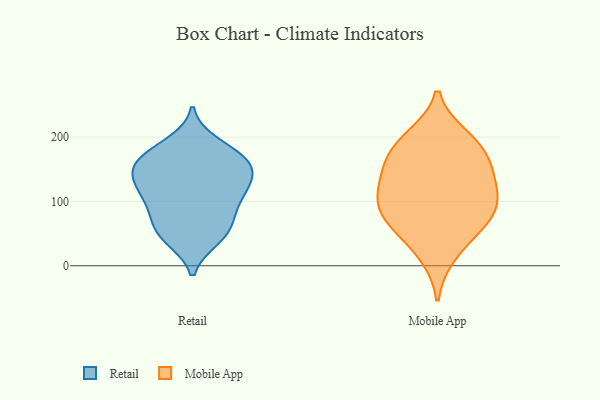
{"axis": {"x": "Operating Costs (USD K)", "y": "Value"}, "legend": ["Mobile App", "Retail"], "data": [{"x": "", "y": 176, "type": "Retail"}, {"x": "", "y": 171, "type": "Retail"}, {"x": "", "y": 167, "type": "Retail"}, {"x": "", "y": 99, "type": "Retail"}, {"x": "", "y": 148, "type": "Retail"}, {"x": "", "y": 148, "type": "Retail"}, {"x": "", "y": 190, "type": "Retail"}, {"x": "", "y": 158, "type": "Retail"}, {"x": "", "y": 63, "type": "Retail"}, {"x": "", "y": 114, "type": "Retail"}, {"x": "", "y": 121, "type": "Retail"}, {"x": "", "y": 79, "type": "Retail"}, {"x": "", "y": 45, "type": "Retail"}, {"x": "", "y": 96, "type": "Retail"}, {"x": "", "y": 52, "type": "Retail"}, {"x": "", "y": 133, "type": "Retail"}, {"x": "", "y": 133, "type": "Retail"}, {"x": "", "y": 42, "type": "Retail"}, {"x": "", "y": 114, "type": "Mobile App"}, {"x": "", "y": 128, "type": "Mobile App"}, {"x": "", "y": 102, "type": "Mobile App"}, {"x": "", "y": 179, "type": "Mobile App"}, {"x": "", "y": 200, "type": "Mobile App"}, {"x": "", "y": 151, "type": "Mobile App"}, {"x": "", "y": 76, "type": "Mobile App"}, {"x": "", "y": 155, "type": "Mobile App"}, {"x": "", "y": 17, "type": "Mobile App"}, {"x": "", "y": 94, "type": "Mobile App"}, {"x": "", "y": 56, "type": "Mobile App"}, {"x": "", "y": 68, "type": "Mobile App"}, {"x": "", "y": 191, "type": "Mobile App"}]}